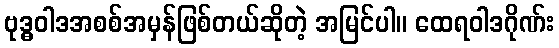
ဗုဒ္ဓဝါဒအစစ်အမှန်ဖြစ်တယ်ဆိုတဲ့ အမြင်ပါ။ ထေရဝါဒဂိုဏ်း